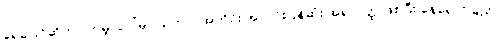
ရေခဲပြင်ဆိုတာ ကမ္ဘာပေါ်မှာ သဘာဝအတိုင်း အလင်းပြန်ဆုံး အရာဝတ္ထုဖြစ်ပြီး နေရောင်ခြည်